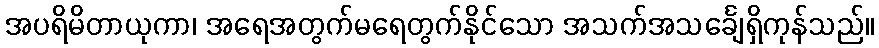
အပရိမိတာယုကာ၊ အရေအတွက်မရေတွက်နိုင်သော အသက်အသင်္ချေရှိကုန်သည်။